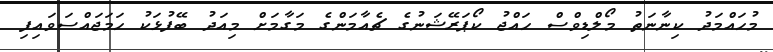
މުހައްމަދު ކިނާނަތު މޯލްޑިވްސް ހައްޖު ކޯޕަރޭޝަނުގެ ޗެއާމަންގެ މަގާމަށް މިއަދު ބޭފުޅަކު ހަމަަޖައްސަވައިފި